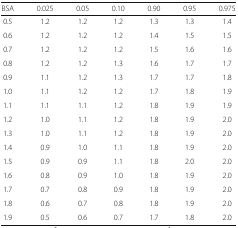
<table><thead><tr><td><b>BSA</b></td><td><b>0.025</b></td><td><b>0.05</b></td><td><b>0.10</b></td><td><b>0.90</b></td><td><b>0.95</b></td><td><b>0.975</b></td></tr></thead><tbody><tr><td>0.5</td><td>1.2</td><td>1.2</td><td>1.2</td><td>1.3</td><td>1.3</td><td>1.4</td></tr><tr><td>0.6</td><td>1.2</td><td>1.2</td><td>1.2</td><td>1.4</td><td>1.5</td><td>1.5</td></tr><tr><td>0.7</td><td>1.2</td><td>1.2</td><td>1.2</td><td>1.5</td><td>1.6</td><td>1.6</td></tr><tr><td>0.8</td><td>1.2</td><td>1.2</td><td>1.3</td><td>1.6</td><td>1.7</td><td>1.7</td></tr><tr><td>0.9</td><td>1.1</td><td>1.2</td><td>1.3</td><td>1.7</td><td>1.7</td><td>1.8</td></tr><tr><td>1.0</td><td>1.1</td><td>1.2</td><td>1.2</td><td>1.7</td><td>1.8</td><td>1.9</td></tr><tr><td>1.1</td><td>1.1</td><td>1.1</td><td>1.2</td><td>1.8</td><td>1.9</td><td>1.9</td></tr><tr><td>1.2</td><td>1.0</td><td>1.1</td><td>1.2</td><td>1.8</td><td>1.9</td><td>2.0</td></tr><tr><td>1.3</td><td>1.0</td><td>1.1</td><td>1.2</td><td>1.8</td><td>1.9</td><td>2.0</td></tr><tr><td>1.4</td><td>0.9</td><td>1.0</td><td>1.1</td><td>1.8</td><td>1.9</td><td>2.0</td></tr><tr><td>1.5</td><td>0.9</td><td>0.9</td><td>1.1</td><td>1.8</td><td>2.0</td><td>2.0</td></tr><tr><td>1.6</td><td>0.8</td><td>0.9</td><td>1.0</td><td>1.8</td><td>1.9</td><td>2.0</td></tr><tr><td>1.7</td><td>0.7</td><td>0.8</td><td>0.9</td><td>1.8</td><td>1.9</td><td>2.0</td></tr><tr><td>1.8</td><td>0.6</td><td>0.7</td><td>0.8</td><td>1.8</td><td>1.9</td><td>2.0</td></tr><tr><td>1.9</td><td>0.5</td><td>0.6</td><td>0.7</td><td>1.7</td><td>1.8</td><td>2.0</td></tr></tbody></table>